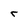
Character: r